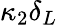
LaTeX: \kappa_{2}\delta_{L}